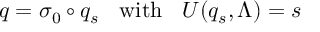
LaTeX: q = \sigma _ { 0 } \circ q _ { s } \; \; \mathrm { ~ w i t h ~ } \; \; U ( q _ { s } , \Lambda ) = s